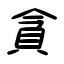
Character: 貪